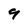
Character: 9